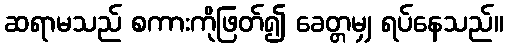
ဆရာမသည် စကားကိုဖြတ်၍ ခေတ္တမျှ ရပ်နေသည်။